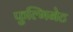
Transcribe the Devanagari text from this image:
फुल्मिनेट